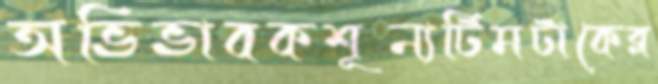
অভিভাবকশূন্যটিমটাকেব্ল